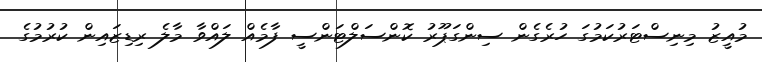
މުއީޒު މިނިސްޓަރުކަމުގަ ހުރެގެން ސިންގަޕޫރު ކޮންސަލްޓަންސީ ފާމެއް ލައްވާ މާލެ ރިޑިޒައިން ކުރުމުގެ